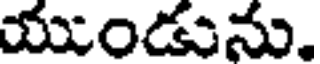
యుండును.